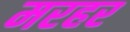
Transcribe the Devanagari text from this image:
मरहर